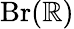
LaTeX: \operatorname{Br}(\mathbb{R})